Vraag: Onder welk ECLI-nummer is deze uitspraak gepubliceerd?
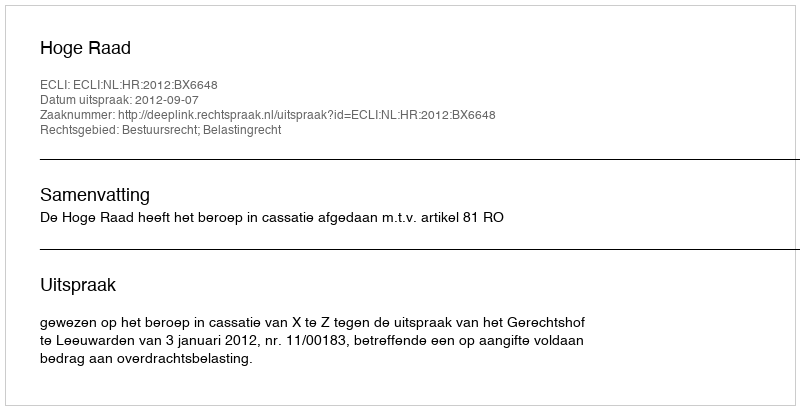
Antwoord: ECLI:NL:HR:2012:BX6648